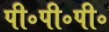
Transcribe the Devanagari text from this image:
पी॰पी॰पी॰